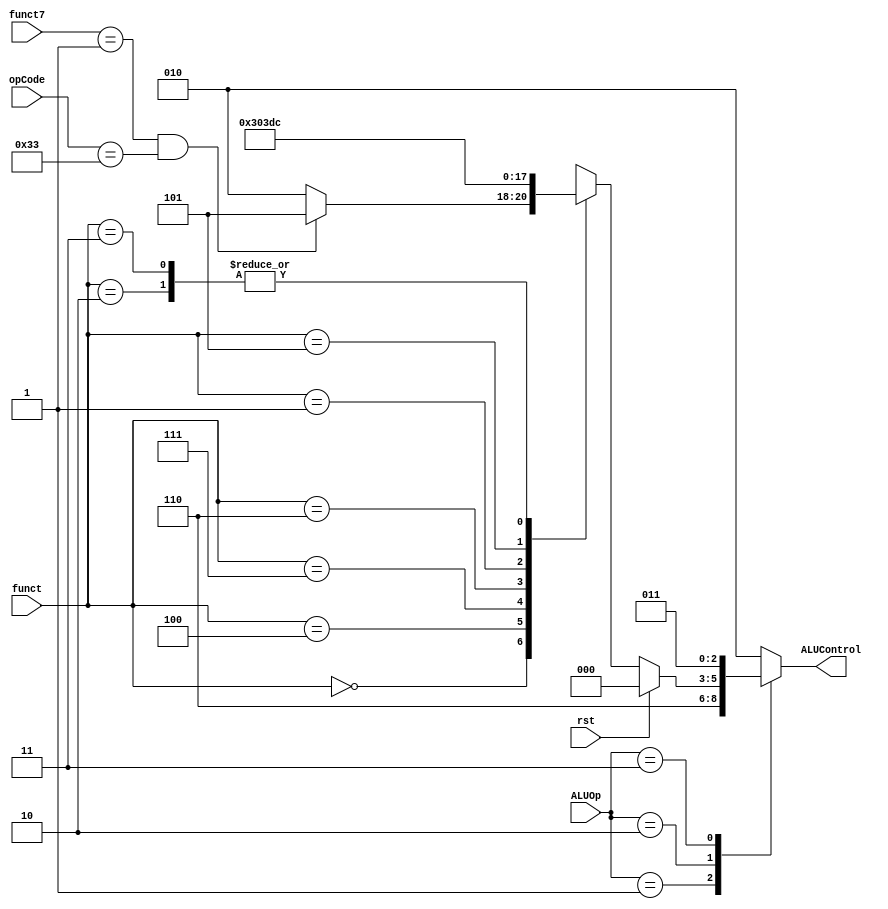
module ALU_Control (
	input rst,
	input [2:0] ALUOp,
	input [2:0] funct,
	input [6:0] funct7,
	input [6:0] opCode,
	output reg [2:0] ALUControl
);

localparam R_Type = 7'b0110011;
localparam ADD_FN	= 3'b000;
localparam SUB_FN	= 3'b100;
localparam AND_FN	= 3'b111;
localparam OR_FN	= 3'b110;
localparam SLL_FN	= 3'b001;
localparam SRL_FN	= 3'b101;
localparam SLT_FN	= 3'b010;
localparam SLTU_FN = 3'b011;
reg [2:0] ALUFunctions_o;

always @*
    begin
        if(rst)
            ALUFunctions_o <= 3'b000;       
        else
            case (funct)
					ADD_FN:
						if((funct7 == 6'h01) & (opCode == R_Type))
                    ALUFunctions_o <= 3'b101;
						 else
                    ALUFunctions_o <= 3'b010;
					SUB_FN:
                    ALUFunctions_o <= 3'b110;
					AND_FN:
                    ALUFunctions_o <= 3'b000;
					OR_FN:
                    ALUFunctions_o <= 3'b001;
					SLL_FN:
                    ALUFunctions_o <= 3'b111;
					SRL_FN:
                    ALUFunctions_o <= 3'b011;
					SLT_FN:
                    ALUFunctions_o <= 3'b100;
					SLTU_FN:
                    ALUFunctions_o <= 3'b100;
                default: 
                    ALUFunctions_o <= 3'b010;
            endcase
    end

always @*
    begin
        case (ALUOp)
            3'b000:
                ALUControl = 3'b010;
            3'b001:
                ALUControl = 3'b110;
            3'b010:
                ALUControl = ALUFunctions_o;
            3'b011:
                ALUControl = 3'b011;
				default:
					 ALUControl = 3'b010;
        endcase
    end
	 
endmodule